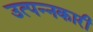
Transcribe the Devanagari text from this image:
उत्पन्नकारी